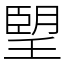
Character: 朢